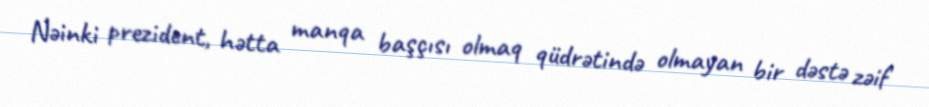
Nəinki prezident, hətta manqa başçısı olmaq qüdrətində olmayan bir dəstə zəif